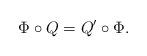
LaTeX: \begin{align*}\Phi\circ Q =Q'\circ\Phi. \end{align*}